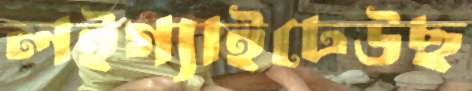
লইগ্যাইঢেউছ